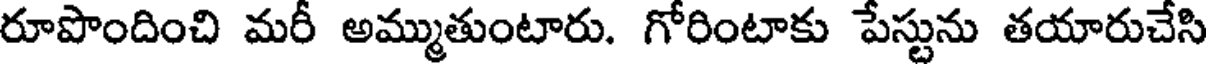
రూపొందించి మరీ అమ్ముతుంటారు. గోరింటాకు పేస్టును తయారుచేసి